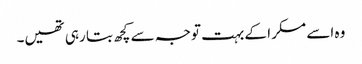
وہ اسے مسکرا کے بہت توجہ سے کچھ بتا رہی تھیں۔